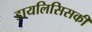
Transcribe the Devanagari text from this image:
डायलिसिसकी